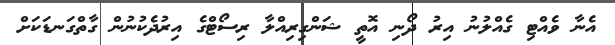
އެނާ ވެއްޓި ގެއްލުނު އިރު ދޯނި އޮތީ ޝަންގިރިއްލާ ރިސޯޓްގެ އިރުދެކުނުން ގާތްގަނޑަކަށް